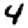
Digit: 4